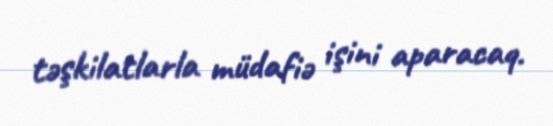
təşkilatlarla müdafiə işini aparacaq.